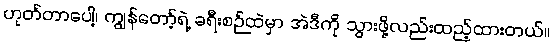
ဟုတ်တာပေါ့၊ ကျွန်တော့်ရဲ့ ခရီးစဉ်ထဲမှာ အဲဒီကို သွားဖို့လည်းထည့်ထားတယ်။